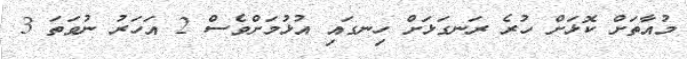
މުއާތަށް ކޮޅަށް ހުރެ ރަނގަޅަށް ހިނގައި އުޅުމަށްވެސް 2 އަހަރު ނުވަތަ 3